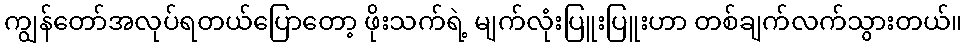
ကျွန်တော်အလုပ်ရတယ်ပြောတော့ ဖိုးသက်ရဲ့ မျက်လုံးပြူးပြူးဟာ တစ်ချက်လက်သွားတယ်။